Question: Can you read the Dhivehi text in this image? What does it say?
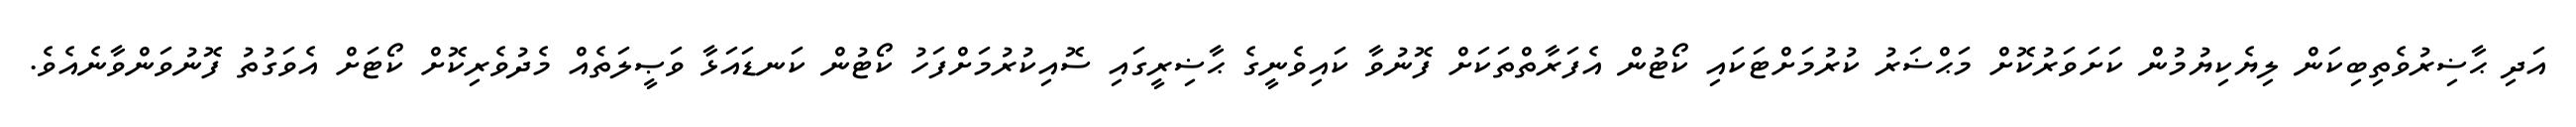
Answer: އަދި ޙާޟިރުވެތިބިކަން ލިޔެކިޔުމުން ކަށަވަރުކޮށް މަޙްޟަރު ކުރުމަށްޓަކައި ކޯޓުން އެފަރާތްތަކަށް ފޮނުވާ ކައިވެނީގެ ޙާޟިރީގައި ސޮއިކުރުމަށްފަހު ކޯޓުން ކަނޑައަޅާ ވަޞީލަތެއް މެދުވެރިކޮށް ކޯޓަށް އެވަގުތު ފޮނުވަންވާނެއެވެ.